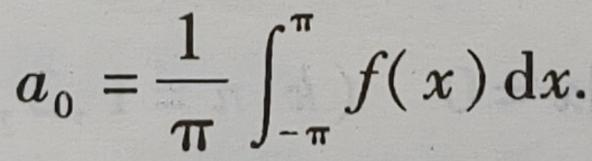
\[
a_{0}=\frac{1}{\pi} \int_{-\pi}^{\pi} f(x) \mathrm{d} x.
\]